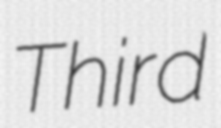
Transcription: Third